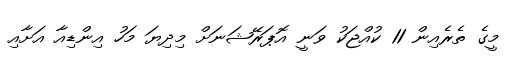
މީގެ ތެރެއިން 11 ކުއްޖަކު ވަނީ އޮޕަރޭޝަނަށް މިދިޔަ މަހު އިންޑިއާ އަށާއި